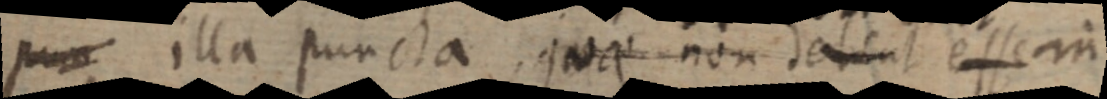
p_ illa puncta, quae non dehint esse in